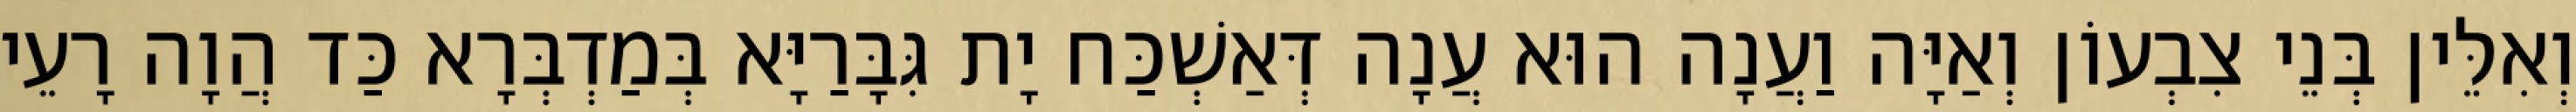
וְאִלֵּין בְּנֵי צִבְעוֹן וְאַיָּה וַעֲנָה הוּא עֲנָה דְּאַשְׁכַּח יָת גִּבָּרַיָּא בְּמַדְבְּרָא כַּד הֲוָה רָעֵי